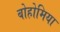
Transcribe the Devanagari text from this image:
बोहोमिया